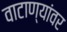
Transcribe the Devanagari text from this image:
वाटाण्यांवर